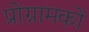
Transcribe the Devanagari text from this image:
प्रोग्रामकों